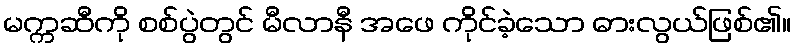
မက္ကဆီကို စစ်ပွဲတွင် မီလာနီ အဖေ ကိုင်ခဲ့သော ဓားလွယ်ဖြစ်၏။